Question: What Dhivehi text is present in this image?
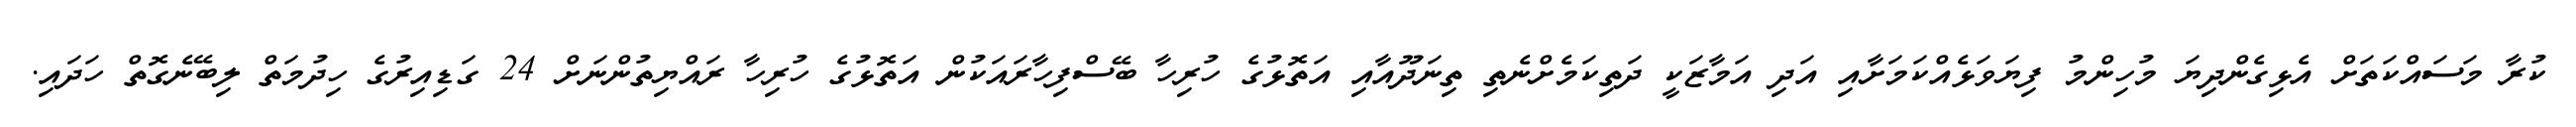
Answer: ކުރާ މަސައްކަތަށް އެޅިގެންދިޔަ މުހިންމު ފިޔަވަޅެއްކަމަށާއި އަދި އަމާޒަކީ ދަތިކަމެށްނެތި ތިނަދޫއާއި އަތޮޅުގެ ހުރިހާ ބޭސްފިހާރައަކުން އަތޮޅުގެ ހުރިހާ ރައްޔިތުންނަށް 24 ގަޑިއިރުގެ ހިދުމަތް ލިބޭނެގޮތް ހަދައި.